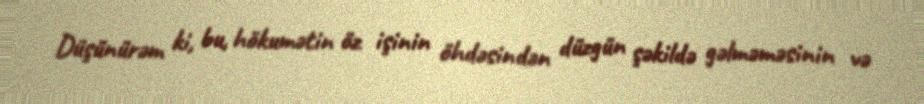
Düşünürəm ki, bu, hökumətin öz işinin öhdəsindən düzgün şəkildə gəlməməsinin və